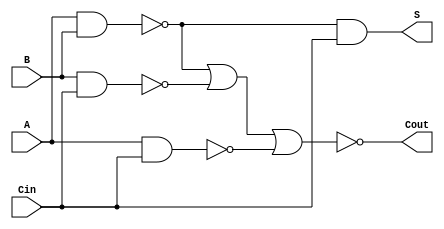
module NegativeCircuitFullAdder (
    input wire A,      // Active low first input
    input wire B,      // Active low second input
    input wire Cin,    // Active low carry-in
    output wire S,     // Active low sum output
    output wire Cout   // Active low carry-out output
);

// Internal wires for intermediate signals
wire AxorB;
wire AxorBxorCin;
wire AB;
wire BCin;
wire ACin;

// Generate A XOR B using NAND gates
assign AxorB = ~(A & B);
assign AxorBxorCin = ~(AxorB & Cin);

// Calculate sum output S
assign S = ~AxorBxorCin; // S is active low

// Calculate carry-out Cout
assign AB = ~(A & B);
assign BCin = ~(B & Cin);
assign ACin = ~(A & Cin);
assign Cout = ~(AB | BCin | ACin); // Cout is active low

endmodule